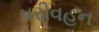
પરીવહન